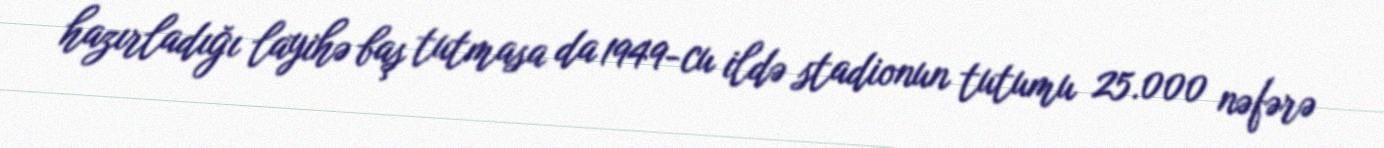
hazırladığı layihə baş tutmasa da 1949-cu ildə stadionun tutumu 25.000 nəfərə